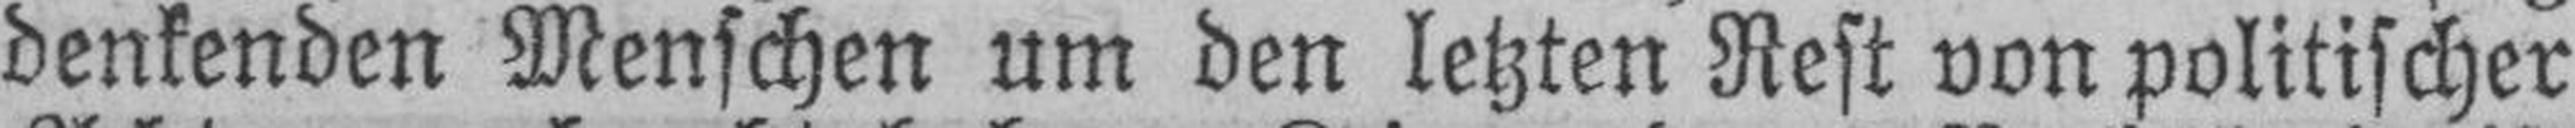
denkenden Menschen um den letzten Rest von politischer